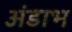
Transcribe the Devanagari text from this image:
अंडाभ